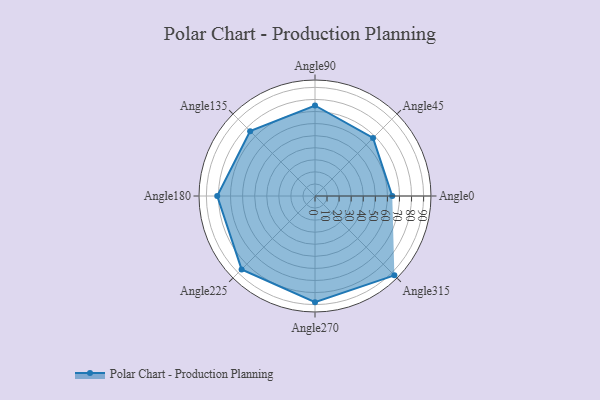
{"axis": {"x": "Angle", "y": "Radius"}, "legend": [""], "data": [{"x": "Angle0", "y": 64.0, "type": ""}, {"x": "Angle45", "y": 68.0, "type": ""}, {"x": "Angle90", "y": 75.0, "type": ""}, {"x": "Angle135", "y": 76.0, "type": ""}, {"x": "Angle180", "y": 81.0, "type": ""}, {"x": "Angle225", "y": 86.0, "type": ""}, {"x": "Angle270", "y": 88.0, "type": ""}, {"x": "Angle315", "y": 93.0, "type": ""}]}